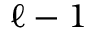
\ell - 1